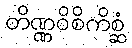
တိဏ္ဏဝိစိကိစ္ဆံ